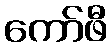
ကော်ဖီ